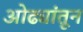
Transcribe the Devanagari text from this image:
ओढ्यांतून